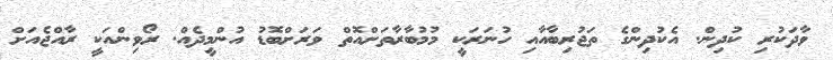
ވާދަކުރި ކުދިން. އެކުދިންގެ ތަޖުރިބާއާއި ހުނަރަކީ މުމުބާރާތަށްއޮތް ވަރަށްބޮޑު އުންމީދެއް. ރޯވިންއަކީ ރާއްޖެއަށް